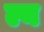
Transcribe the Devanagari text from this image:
ल्य